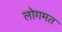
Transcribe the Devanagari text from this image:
लोगमत